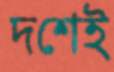
দশেই